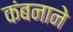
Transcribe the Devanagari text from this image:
कंबनाने